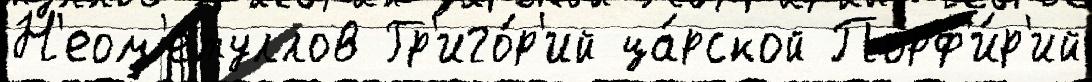
Н'еом'етуллов Гр'иго́р'ий ца́рской Порф'и́р'ий